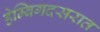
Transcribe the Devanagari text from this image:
हेम्बिगदसरात